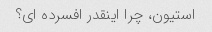
استیون، چرا اینقدر افسرده ای؟